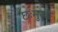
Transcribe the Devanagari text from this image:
छःमुखी